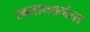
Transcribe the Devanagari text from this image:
स्वतान्त्रानंतर